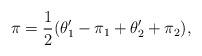
LaTeX: \begin{align*}\pi={1\over 2}(\theta_ 1 '-\pi_ 1 +\theta_ 2' +\pi _2 ),\end{align*}